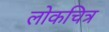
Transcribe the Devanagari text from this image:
लोकचित्र